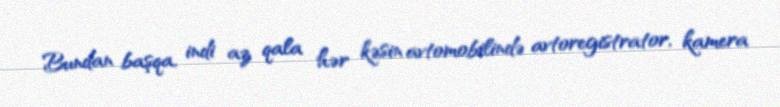
Bundan başqa, indi az qala hər kəsin avtomobilində avtoregistrator, kamera